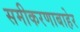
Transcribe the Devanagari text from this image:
समीकरणाबाहेर